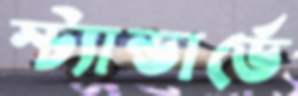
স্ট্যান্ডার্ডে